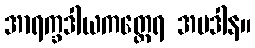
အာရက္ခဒါယကတ္ထေရ အပဒါန။